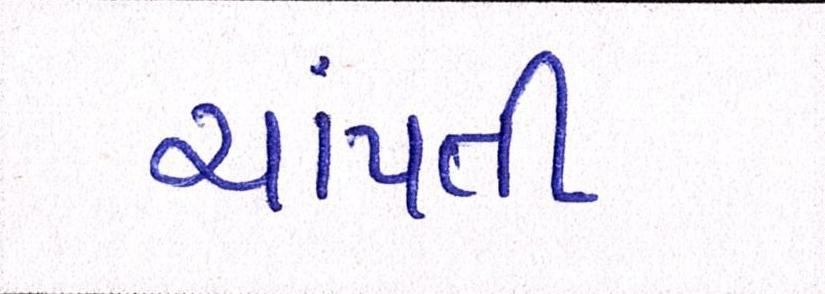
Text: ચાંપતી